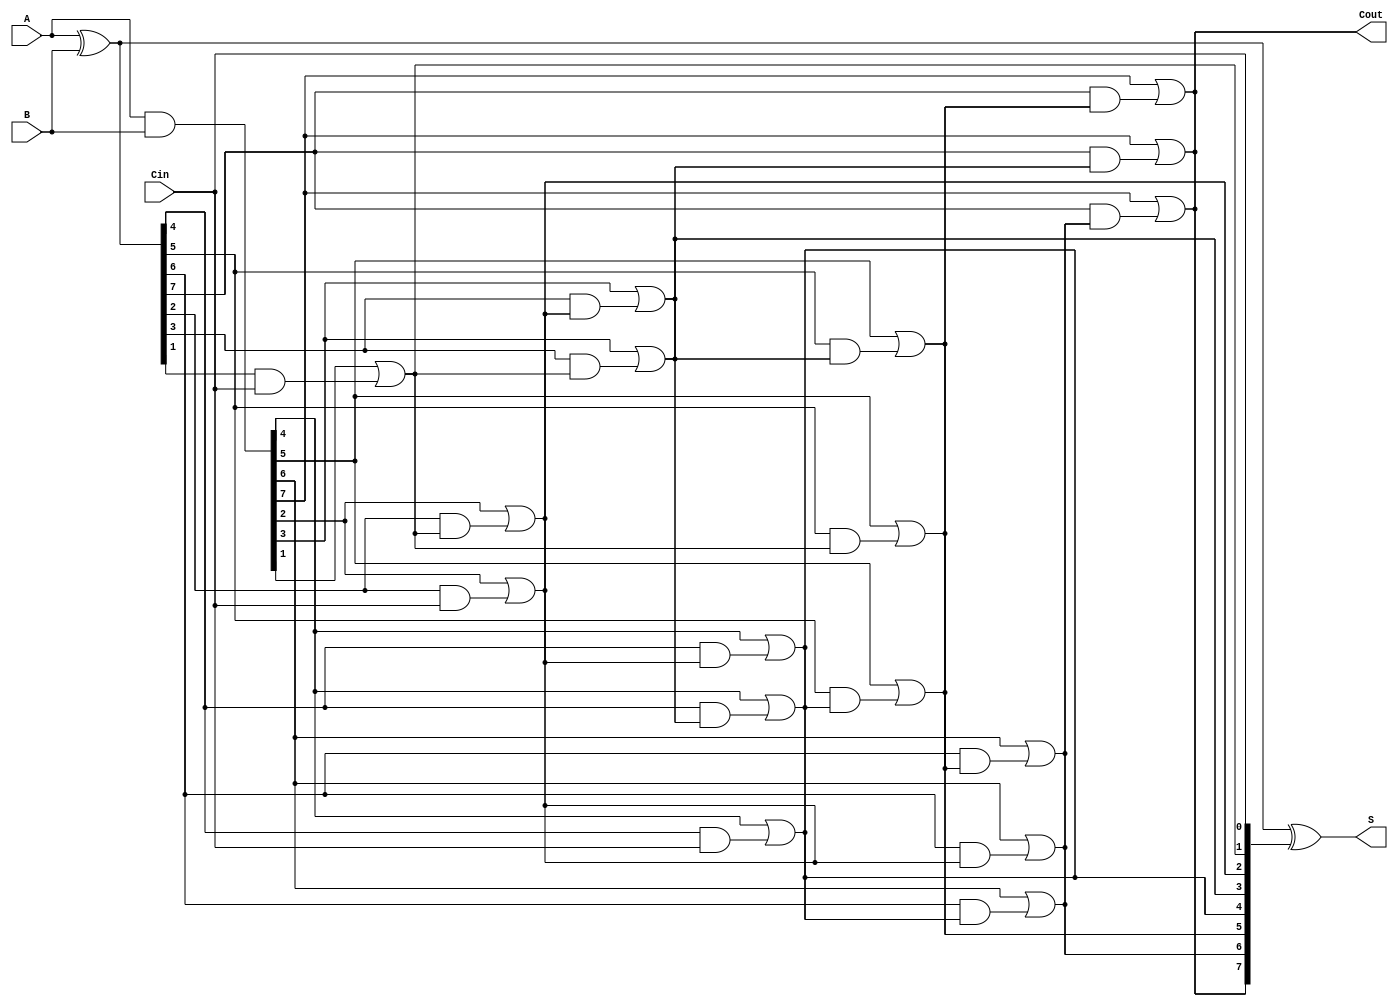
module KoggeStoneAdder #(parameter n = 8) (
    input  [n-1:0] A,      // First operand
    input  [n-1:0] B,      // Second operand
    input          Cin,     // Carry-in
    output [n-1:0] S,      // Sum output
    output         Cout     // Carry-out
);

    // Generate and propagate signals
    wire [n-1:0] P; // Propagate
    wire [n-1:0] G; // Generate
    wire [n:0] C;   // Carry signals

    assign P = A ^ B; // Propagate
    assign G = A & B; // Generate

    // Carry signals initialization
    assign C[0] = Cin; // Initial carry-in

    // Kogge-Stone carry generation
    genvar i, j, k;
    generate
        for (k = 0; k < $clog2(n); k = k + 1) begin : carry_gen
            for (i = 0; i < n; i = i + 1) begin : carry_stage
                if (i >= (1 << k)) begin
                    assign C[i] = G[i] | (P[i] & C[i - (1 << k)]);
                end else begin
                    assign C[i] = C[i]; // Carry remains the same for this stage
                end
            end
        end
    endgenerate

    // Final carry-out
    assign Cout = C[n-1];

    // Sum calculation
    assign S = P ^ C[n-1:0]; // Sum bits

endmodule